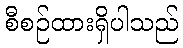
စီစဉ်ထားရှိပါသည်